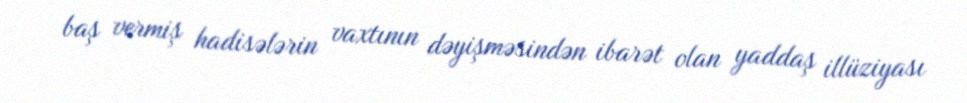
baş vermiş hadisələrin vaxtının dəyişməsindən ibarət olan yaddaş illüziyası